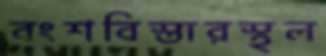
বংশবিস্তারস্থল